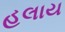
હલાય